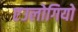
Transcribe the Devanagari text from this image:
एउलोगियो